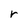
Character: r